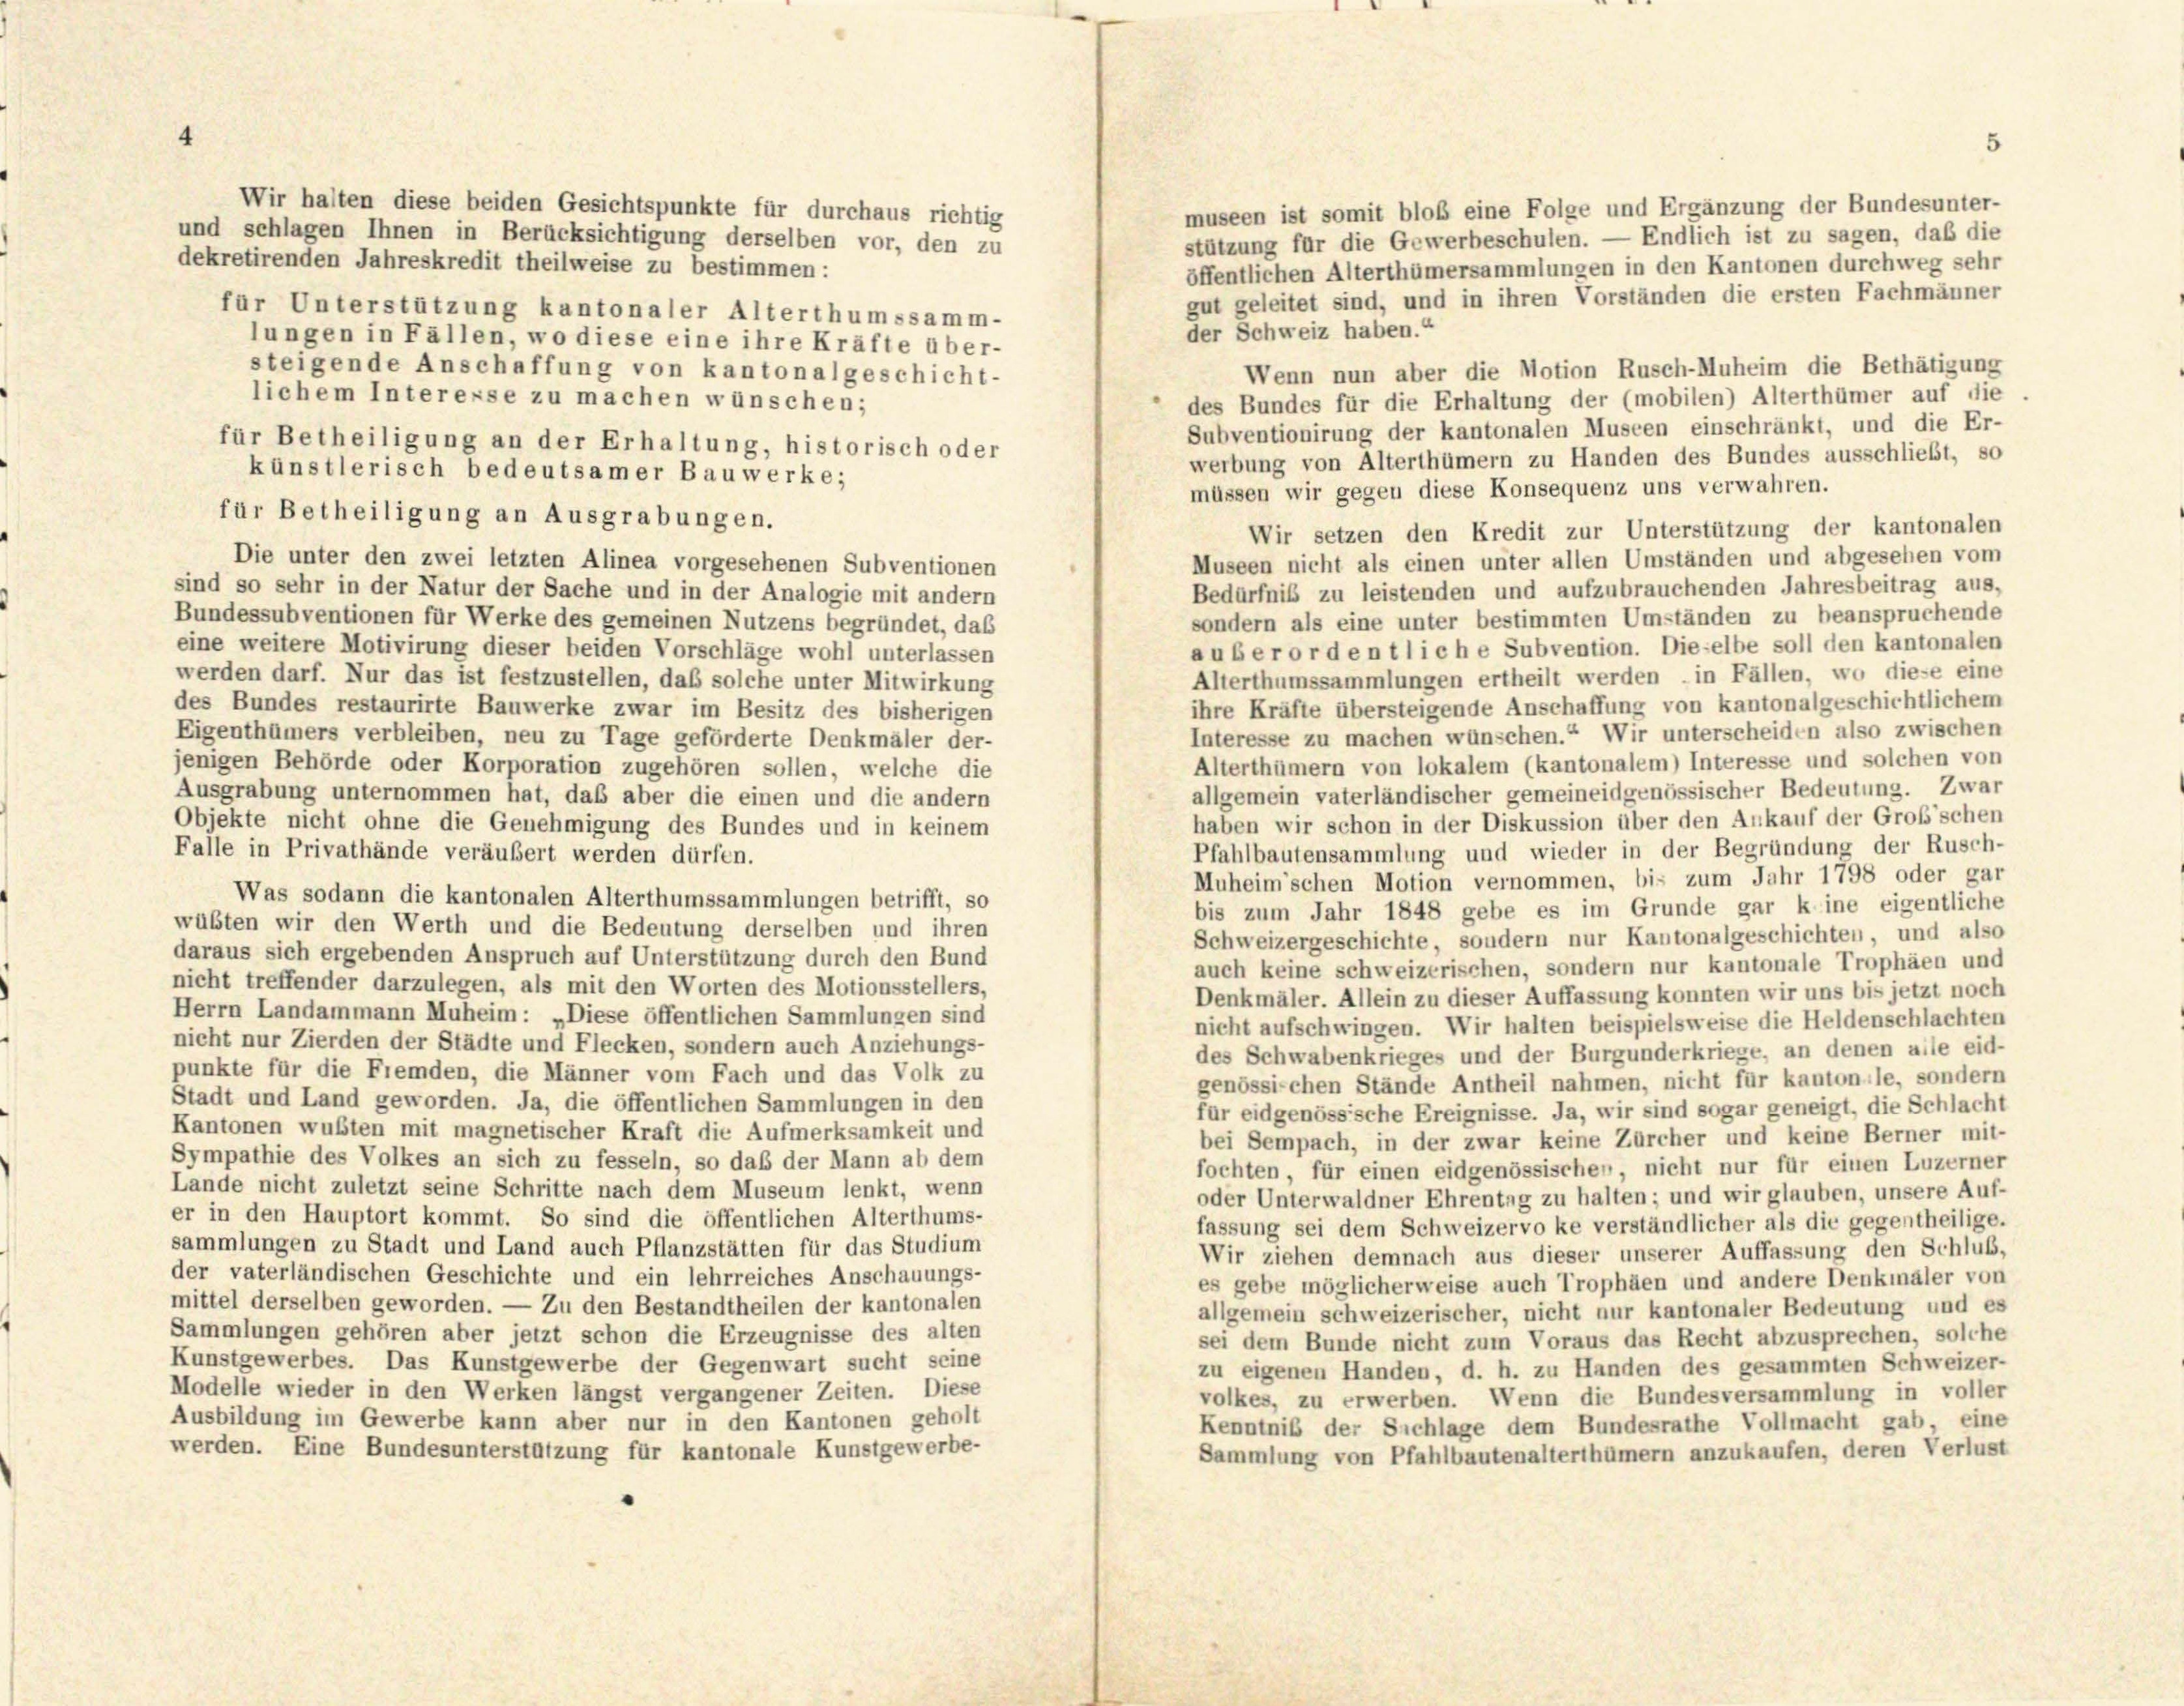
Wir halten diese beiden Gesichtspunkte für durchaus richtig
museen ist somit bloß eine Folge und Ergänzung der Bundesunter-
und schlagen Ihnen in Berücksichtigung derselben vor, den zu
stützung für die Gewerbeschulen. — Endlich ist zu sagen, daß die
dekretirenden Jahreskredit theilweise zu bestimmen:
öffentlichen Alterthümersammlungen in den Kantonen durchweg sehr
gut geleitet sind, und in ihren Vorständen die ersten Fachmänner
für Unterstützung kantonaler Alterthumssamm-
der Schweiz haben.
lungen in Fällen, wo diese eine ihre Kräfte über-
steigende Anschaffung von kantonalgeschicht-
Wenn nun aber die Motion Rusch-Muheim die Bethätigung
lichem Interesse zu machen wünschen;
des Bundes für die Erhaltung der (mobilen) Alterthümer auf die
Subventionirung der kantonalen Museen einschränkt, und die Er-
für Betheiligung an der Erhaltung, historisch oder
werbung von Alterthümern zu Handen des Bundes ausschließt, so
künstlerisch bedeutsamer Bauwerke;
müssen wir gegen diese Konsequenz uns verwahren.
für Betheiligung an Ausgrabungen.
Wir setzen den Kredit zur Unterstützung der kantonalen
Die unter den zwei letzten Alinea vorgesehenen Subventionen
Museen nicht als einen unter allen Umständen und abgesehen vom
Bedürfnis zu leistenden und aufzubrauchenden Jahresbeitrag aus,
sind so sehr in der Natur der Sache und in der Analogie mit andern
sondern als eine unter bestimmten Umständen zu beanspruchende
Bundessubventionen für Werke des gemeinen Nutzens begründet, das
eine weitere Motivirung dieser beiden Vorschläge wohl unterlassen
auberordentliche Subvention. Dieselbe soll den kantonalen
Alterthumssammlungen ertheilt werden – in Fällen, wo diese eine
werden darf. Nur das ist festzustellen, daß solche unter Mitwirkung
ihre Kräfte übersteigende Anschaffung von kantonalgeschichtlichem
des Bundes restaurirte Bauwerke zwar im Besitz des bisherigen
Interesse zu machen wünschen.“ Wir unterscheiden also zwischen
Eigenthümers verbleiben, neu zu Tage geförderte Denkmäler der-
Alterthümern von lokalem (kantonalem) Interesse und solchen von
jenigen Behörde oder Korporation zugehören sollen, welche die
allgemein vaterländischer gemeineidgenössischer Bedeutung. Zwar
Ausgrabung unternommen hat, daß aber die einen und die andern
haben wir schon in der Diskussion über den Ankauf der Großschen
Objekte nicht ohne die Genehmigung des Bundes und in keinem
Pfahlbautensammlung und wieder in der Begründung der Rusch-
Falle in Privathände veräußert werden dürfen.
Muheim’schen Motion vernommen, bis zum Jahr 1798 oder gar
Was sodann die kantonalen Alterthumssammlungen betrifft, so
bis zum Jahr 1848 gebe es im Grunde gar kine eigentliche
wübten wir den Werth und die Bedeutung derselben und ihren
Schweizergeschichte, sondern nur Kantonalgeschichten, und also
daraus sich ergebenden Anspruch auf Unterstützung durch den Bund
auch keine schweizerischen, sondern nur kantonale Trophäen und
nicht treffender darzulegen, als mit den Worten des Motionsstellers,
Denkmäler. Allein zu dieser Auffassung konnten wir uns bis jetzt noch
Herrn Landammann Muheim: „Diese öffentlichen Sammlungen sind
nicht aufschwingen. Wir halten beispielsweise die Heldenschlachten
nicht nur Zierden der Städte und Flecken, sondern auch Anziehungs-
des Schwabenkrieges und der Burgunderkriege, an denen alle eid-
punkte für die Fremden, die Männer vom Fach und das Volk zu
genössischen Stände Antheil nahmen, nicht für kantonale, sondern
Stadt und Land geworden. Ja, die öffentlichen Sammlungen in den
für eidgenössische Ereignisse. Ja, wir sind sogar geneigt, die Schlacht
Kantonen wußten mit magnetischer Kraft die Aufmerksamkeit und
bei Sempach, in der zwar keine Zürcher und keine Berner mit-
Sympathie des Volkes an sich zu fesseln, so daß der Mann ab dem
fochten für einen eidgenössischen, nicht nur für einen Luzerner
Lande nicht zuletzt seine Schritte nach dem Museum lenkt, wenn
oder Unterwaldner Ehrentag zu halten; und wir glauben, unsere Auf-
er in den Hauptort kommt. So sind die öffentlichen Alterthums-
fassung sei dem Schweizervo ke verständlicher als die gegentheilige.
sammlungen zu Stadt und Land auch Pflanzstätten für das Studium
Wir ziehen demnach aus dieser unserer Auffassung den Schluß,
der vaterländischen Geschichte und ein lehrreiches Anschauungs-
es gebe möglicherweise auch Trophäen und andere Denkmäler von
mittel derselben geworden. — Zu den Bestandtheilen der kantonalen
allgemein schweizerischer, nicht nur kantonaler Bedeutung und es
Sammlungen gehören aber jetzt schon die Erzeugnisse des alten
sei dem Bunde nicht zum Voraus das Recht abzusprechen, solche
Kunstgewerbes. Das Kunstgewerbe der Gegenwart sucht seine
zu eigenen Handen, d. h. zu Handen des gesammten Schweizer-
Modelle wieder in den Werken längst vergangener Zeiten. Diese
volkes, zu erwerben. Wenn die Bundesversammlung in voller
Ausbildung im Gewerbe kann aber nur in den Kantonen geholt
Kenntniß der Sichlage dem Bundesrathe Vollmacht gab, eine
werden. Eine Bundesunterstützung für kantonale Kunstgewerbe-
Sammlung von Pfahlbautenalterthümern anzukaufen, deren Verlust

5